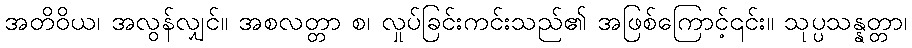
အတိဝိယ၊ အလွန်လျှင်။ အစလတ္တာ စ၊ လှုပ်ခြင်းကင်းသည်၏ အဖြစ်ကြောင့်၎င်း။ သုပ္ပသန္နတ္တာ၊